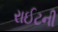
રાઈટની